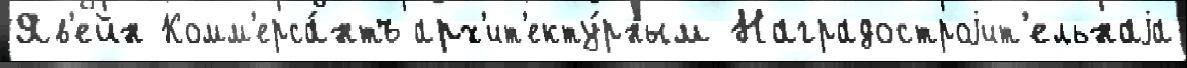
Яв'ейн Комм'ерса́нтъ арх'ит'екту́рным Наградостроjит'ельнаjа